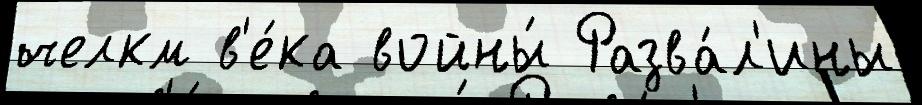
челкм в'е́ка войны́ Разва́л'ины